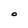
Character: O